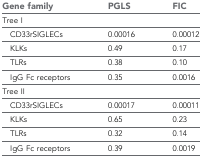
<table><thead><tr><td><b>Gene family</b></td><td><b>PGLS</b></td><td><b>FIC</b></td></tr></thead><tbody><tr><td colspan="3">Tree I</td></tr><tr><td> CD33rSIGLECs</td><td>0.00016</td><td>0.00012</td></tr><tr><td> KLKs</td><td>0.49</td><td>0.17</td></tr><tr><td> TLRs</td><td>0.38</td><td>0.10</td></tr><tr><td> IgG Fc receptors</td><td>0.35</td><td>0.0016</td></tr><tr><td colspan="3">Tree II</td></tr><tr><td> CD33rSIGLECs</td><td>0.00017</td><td>0.00011</td></tr><tr><td> KLKs</td><td>0.65</td><td>0.23</td></tr><tr><td> TLRs</td><td>0.32</td><td>0.14</td></tr><tr><td> IgG Fc receptors</td><td>0.39</td><td>0.0019</td></tr></tbody></table>